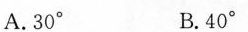
A.30° B.40°